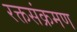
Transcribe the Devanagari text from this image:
रक्तसंक्रमण